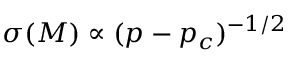
\sigma ( M ) \propto ( p - p _ { c } ) ^ { - 1 / 2 }